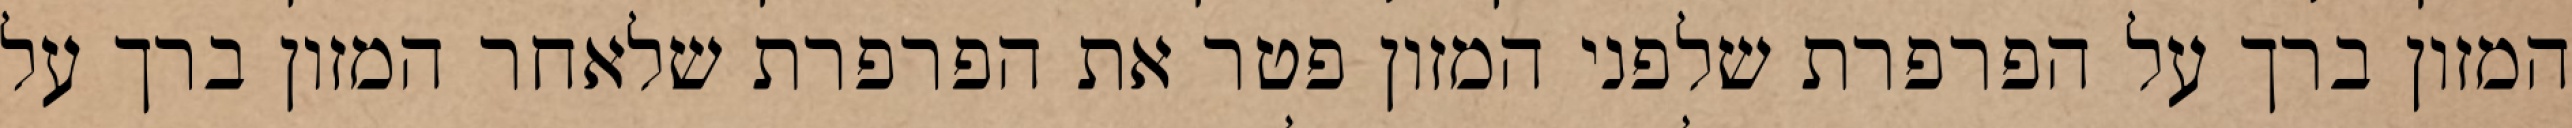
המזון ברך על הפרפרת שלפני המזון פטר את הפרפרת שלאחר המזון ברך על